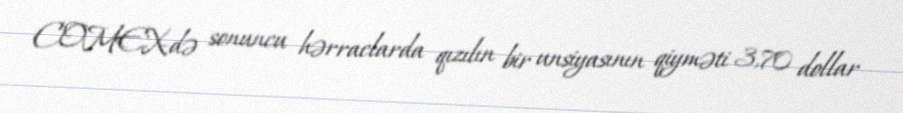
COMEX-də sonuncu hərraclarda qızılın bir unsiyasının qiyməti 3,70 dollar